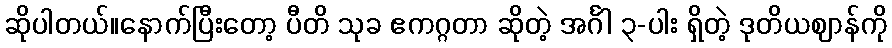
ဆိုပါတယ်။နောက်ပြီးတော့ ပီတိ သုခ ဧကဂ္ဂတာ ဆိုတဲ့ အင်္ဂါ ၃-ပါး ရှိတဲ့ ဒုတိယဈာန်ကို